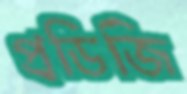
প্রডিজি